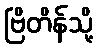
ဗြိတိန်သို့